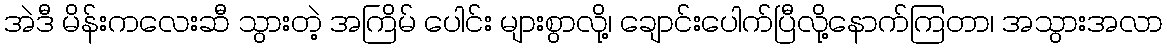
အဲဒီ မိန်းကလေးဆီ သွားတဲ့ အကြိမ် ပေါင်း များစွာလို့၊ ချောင်းပေါက်ပြီလို့နောက်ကြတာ၊ အသွားအလာ